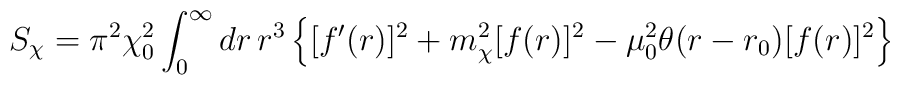
S_\chi = \pi^2 \chi_0^2 \int_0^\infty dr \, r^3 \left\{ [f'(r)]^2  + m_\chi^2 [f(r)]^2 - \mu_0^2 \theta(r-r_0) [f(r)]^2 \right\}